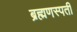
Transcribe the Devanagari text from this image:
ब्रह्मणस्पती